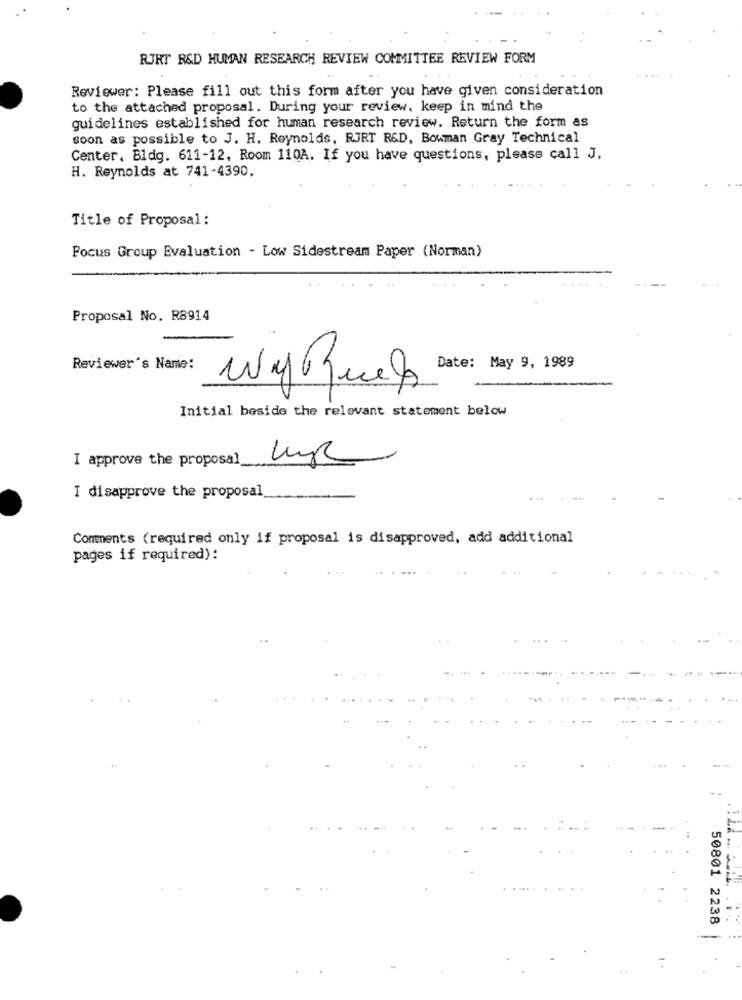
RJRT R&D HUMAN RESEARCH REVIEW COMMITTEE REVIEW FORM
Reviewer: Please fill out this form after you have given consideration
to the attached proposal. During your review, keep in mind the
guidelines established for human research review. Return the form as
soon as possible to J. H. Reynolds, RJRT R&D, Bowman Gray Technical
Center, Bldg. 611-12, Room 110A. If you have questions, please call J,
H. Reynolds at 741-4390.
Title of Proposal :
Focus Group Evaluation - Low Sidestream Paper (Norman)
Proposal No. R8914
Reviewer's Name:
Date: May 9, 1989
Initial beside the relevant statement below
I approve the proposal
I disapprove the proposal
Comments (required only if proposal is disapproved, add additional
pages if required):
-** FT
50801 2238